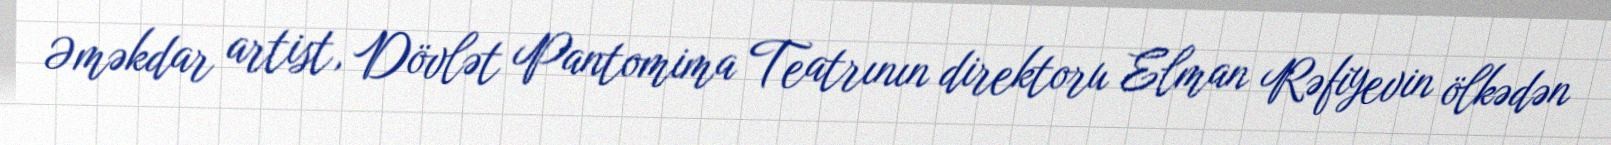
Əməkdar artist, Dövlət Pantomima Teatrının direktoru Elman Rəfiyevin ölkədən